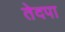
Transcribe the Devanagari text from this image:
तेदपा